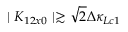
\mid K _ { 1 2 x 0 } \mid \gtrsim \sqrt { 2 } \Delta \kappa _ { L c 1 }